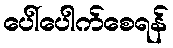
ပေါ်ပေါက်စေရန်